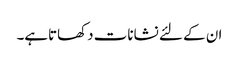
ان کے لئے نشانات دکھاتاہے۔